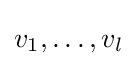
v_{1},\dots ,v_{l}